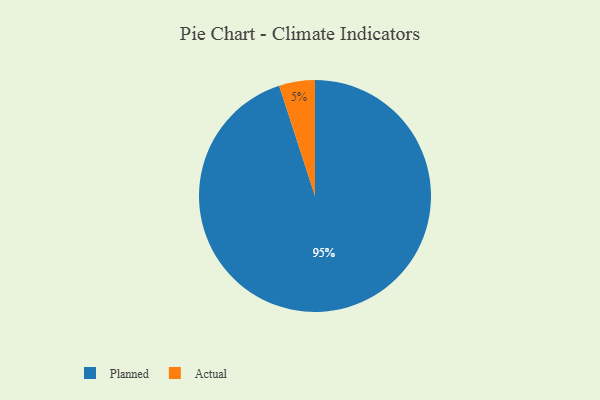
{"axis": {"x": "Category", "y": "Percentage"}, "legend": ["Actual", "Planned"], "data": [{"x": "Planned", "y": 95, "type": "Planned"}, {"x": "Actual", "y": 5, "type": "Actual"}]}